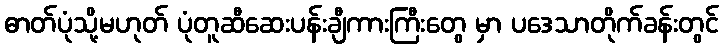
ဓာတ်ပုံသို့မဟုတ် ပုံတူဆီဆေးပန်းချီကားကြီးတွေ မှာ ပဒေသာတိုက်ခန်းတွင်